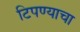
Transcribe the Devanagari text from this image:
टिपण्याचा